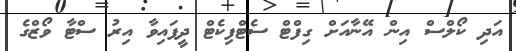
އަދި ކޯލްސް އިން އޭނާއަށް ގިފްޓް ސެޓްފިކެޓް ދީފައިވާ އިރު ސްޓާ ވޯޒްގެ